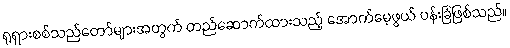
ရုရှားစစ်သည်တော်များအတွက် တည်ဆောက်ထားသည့် အောက်မေ့ဖွယ် ပန်းခြံဖြစ်သည်။